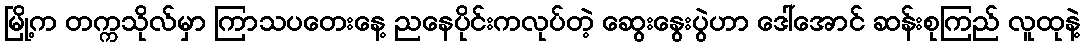
မြို့က တက္ကသိုလ်မှာ ကြာသပတေးနေ့ ညနေပိုင်းကလုပ်တဲ့ ဆွေးနွေးပွဲဟာ ဒေါ်အောင် ဆန်းစုကြည် လူထုနဲ့